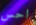
احس